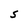
Character: S